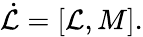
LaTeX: \dot{{\cal L}}=[{\cal L},M].